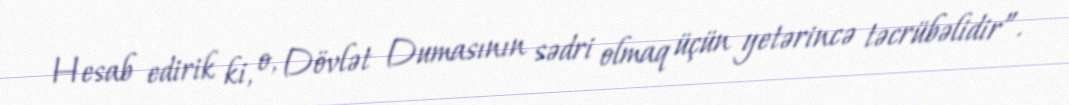
Hesab edirik ki, o, Dövlət Dumasının sədri olmaq üçün yetərincə təcrübəlidir”.